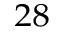
^ { 2 8 }